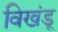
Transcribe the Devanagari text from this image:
विखंडू